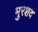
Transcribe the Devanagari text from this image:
मुरशद